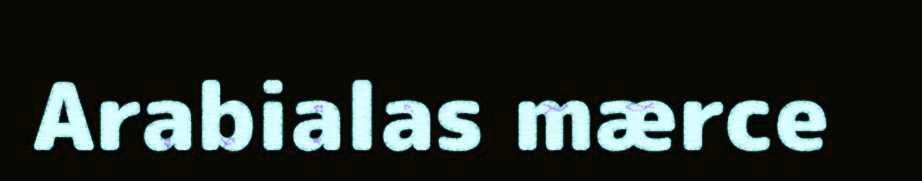
Arabialas mærce